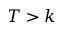
T > k